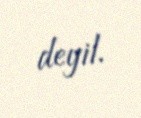
deyil.